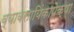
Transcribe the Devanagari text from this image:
व्यावसायिंकापेक्षा